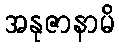
အနုဇာနာမိ